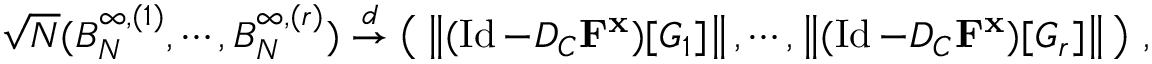
\begin{array} { r } { \sqrt { N } ( B _ { N } ^ { \infty , ( 1 ) } , \cdots , B _ { N } ^ { \infty , ( r ) } ) \stackrel { d } { \to } \big ( \left\| ( \operatorname { I d } - D _ { C } \mathbf { F } ^ { \mathbf { x } } ) [ G _ { 1 } ] \right\| , \cdots , \left\| ( \operatorname { I d } - D _ { C } \mathbf { F } ^ { \mathbf { x } } ) [ G _ { r } ] \right\| \big ) ~ , } \end{array}